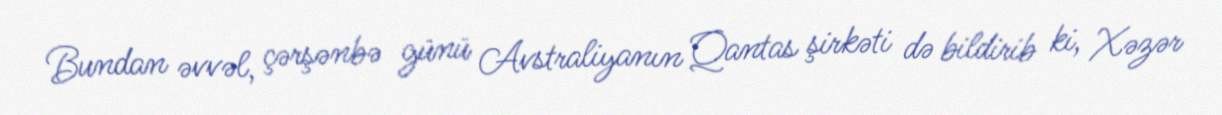
Bundan əvvəl, çərşənbə günü Avstraliyanın Qantas şirkəti də bildirib ki, Xəzər